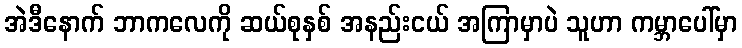
အဲဒီနောက် ဘာကလေကို ဆယ်စုနှစ် အနည်းငယ် အကြာမှာပဲ သူဟာ ကမ္ဘာပေါ်မှာ